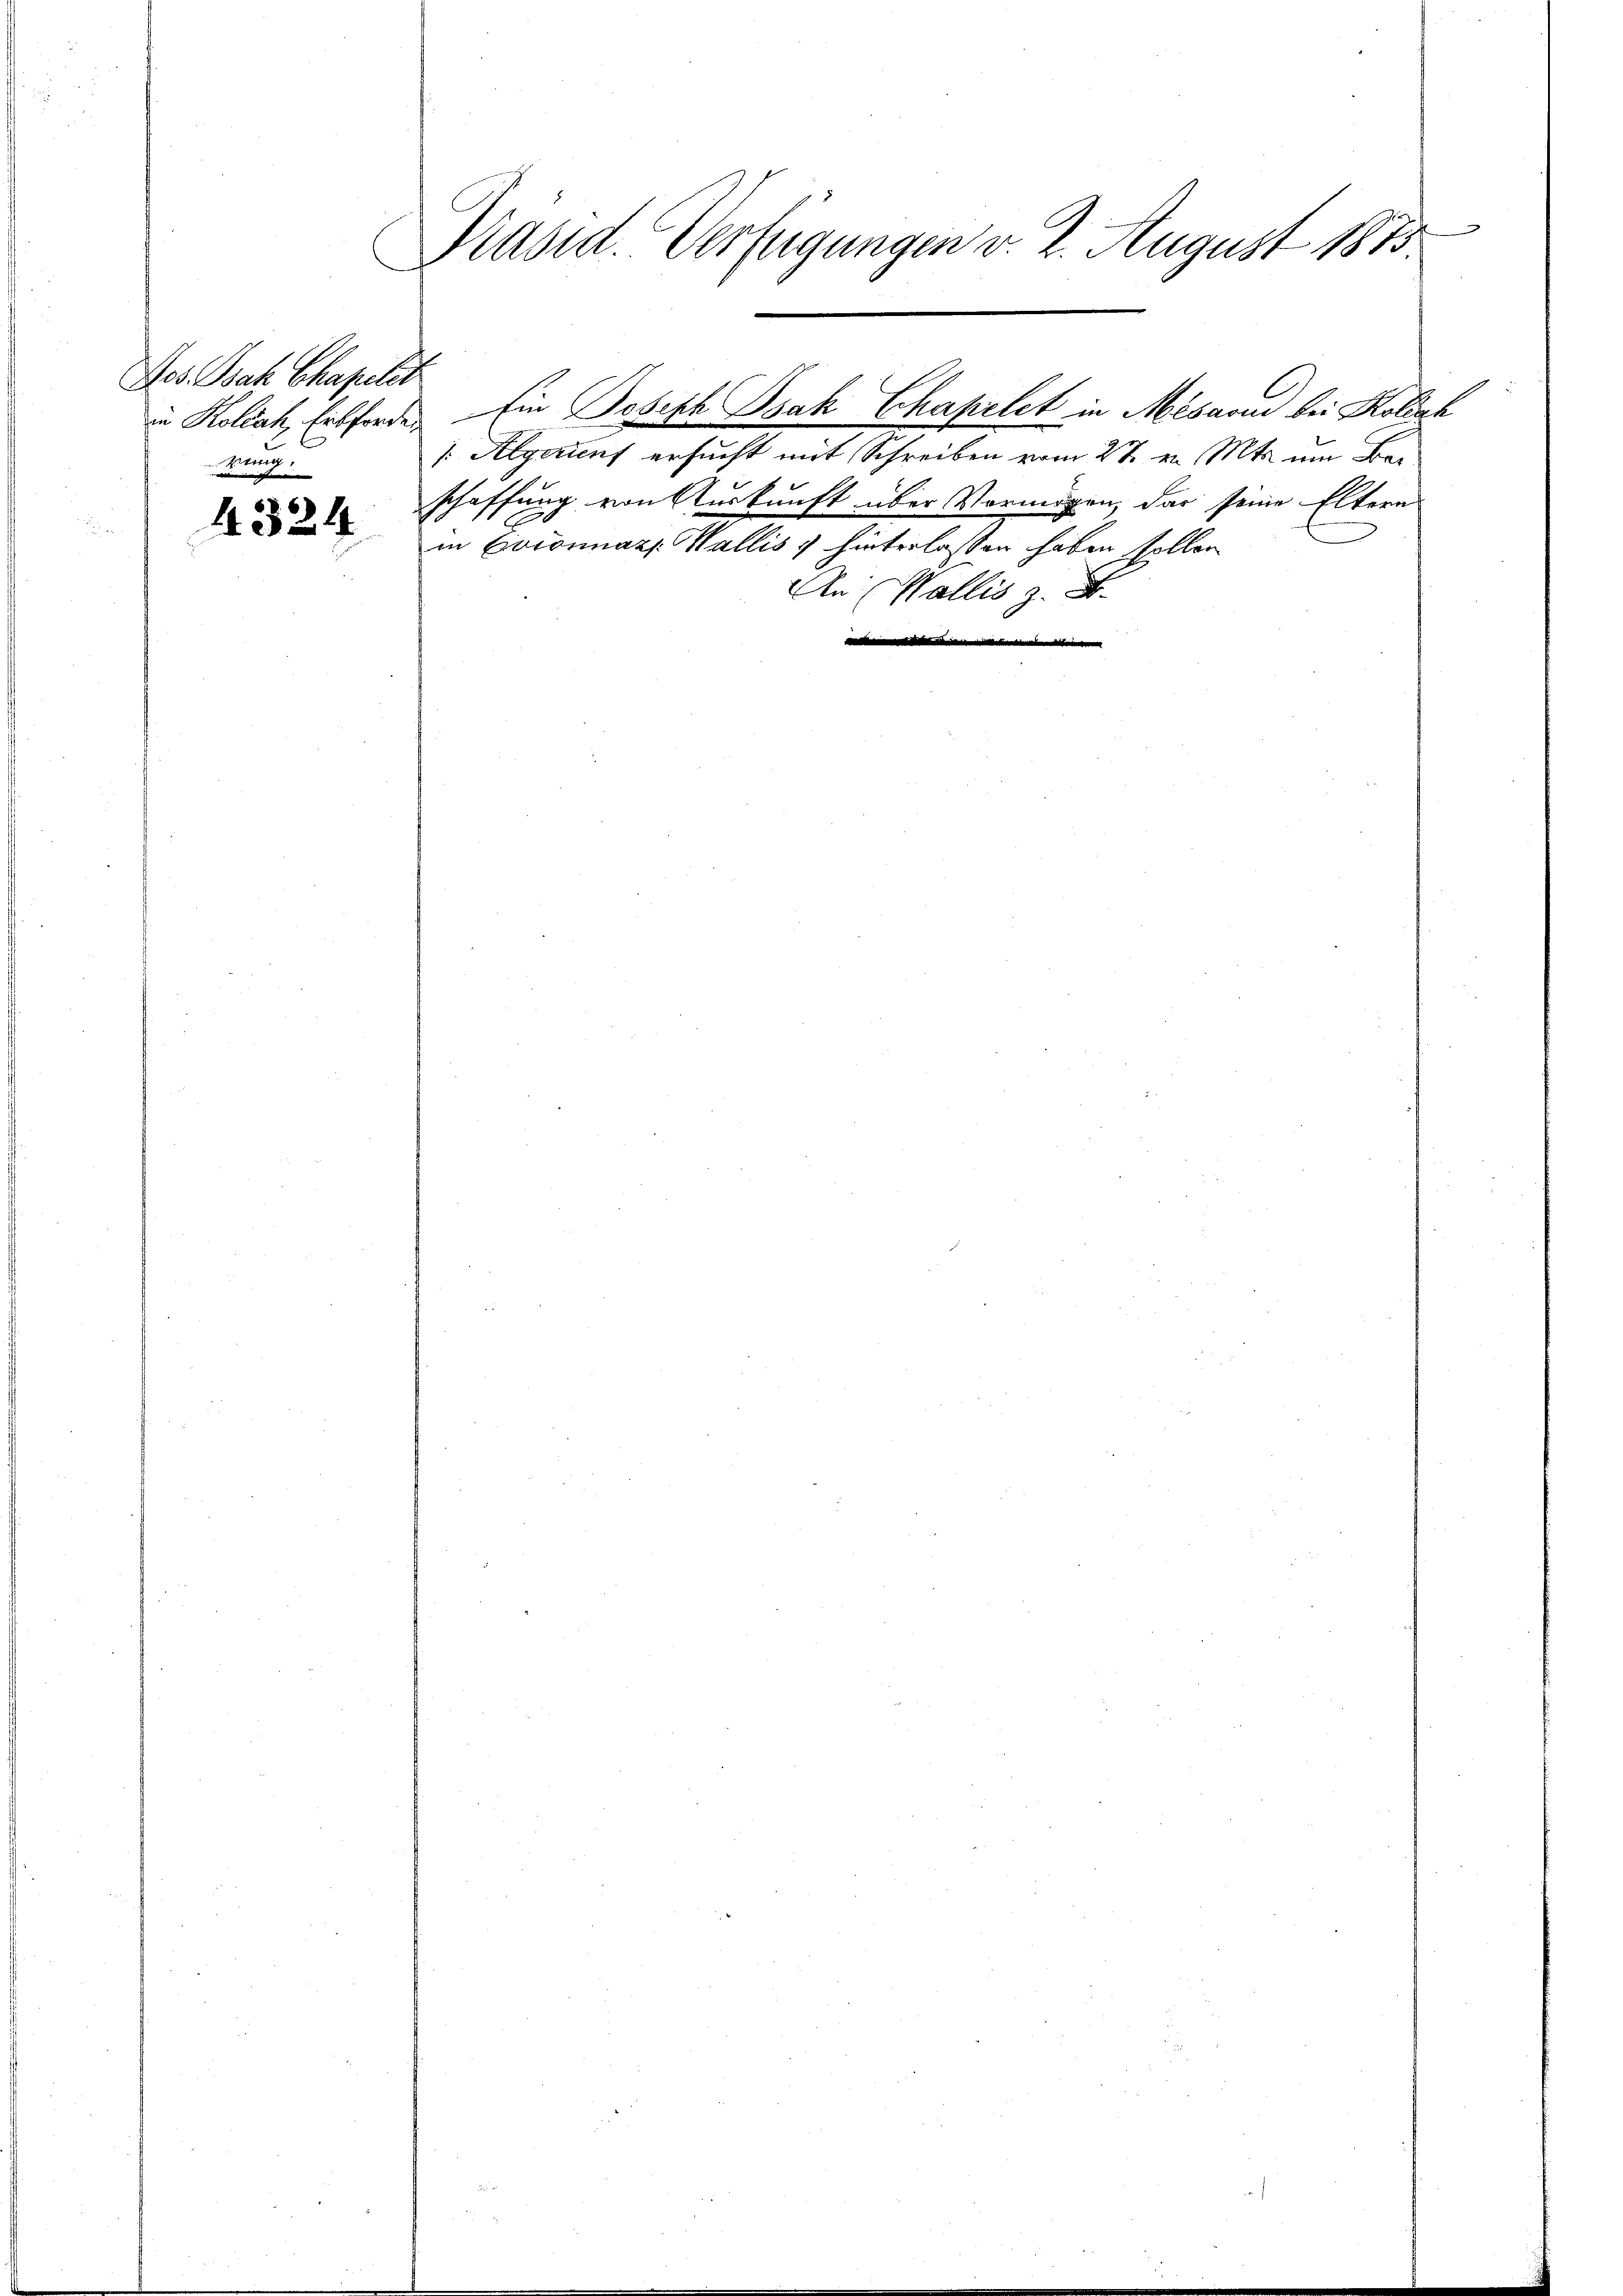
Dos sah Chapelet
n

4324

x
Präsid. Verfügungen v. 2. August 1873.

in Kollak, Erbforden Ein Joseph Isak Chapelet in Mesarus bei Koliak

Algerint ersucht mit Schreiben vom 27. v. Mts. um Barschaffung von Auskunft über Vermögen, das seine Eltern
in Coconnaz, Wallis hinterlassen haben sollen
An (Wallis z. B.